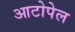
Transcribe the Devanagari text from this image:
आटोपेल